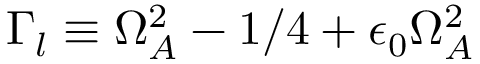
\Gamma _ { l } \equiv \Omega _ { A } ^ { 2 } - 1 / 4 + \epsilon _ { 0 } \Omega _ { A } ^ { 2 }